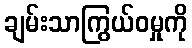
ချမ်းသာကြွယ်ဝမှုကို